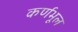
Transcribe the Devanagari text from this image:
कर्णभूल